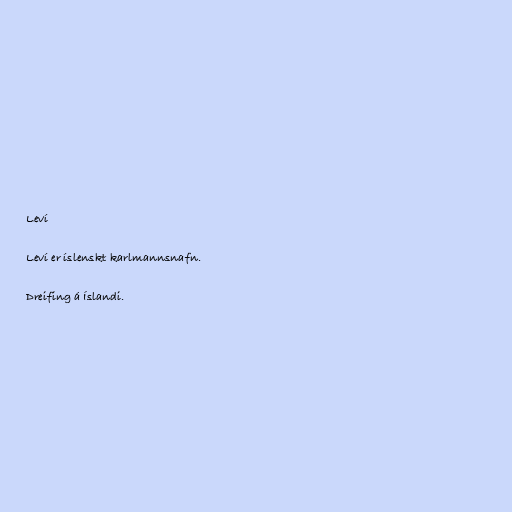
Leví

Leví er íslenskt karlmannsnafn.

Dreifing á Íslandi.